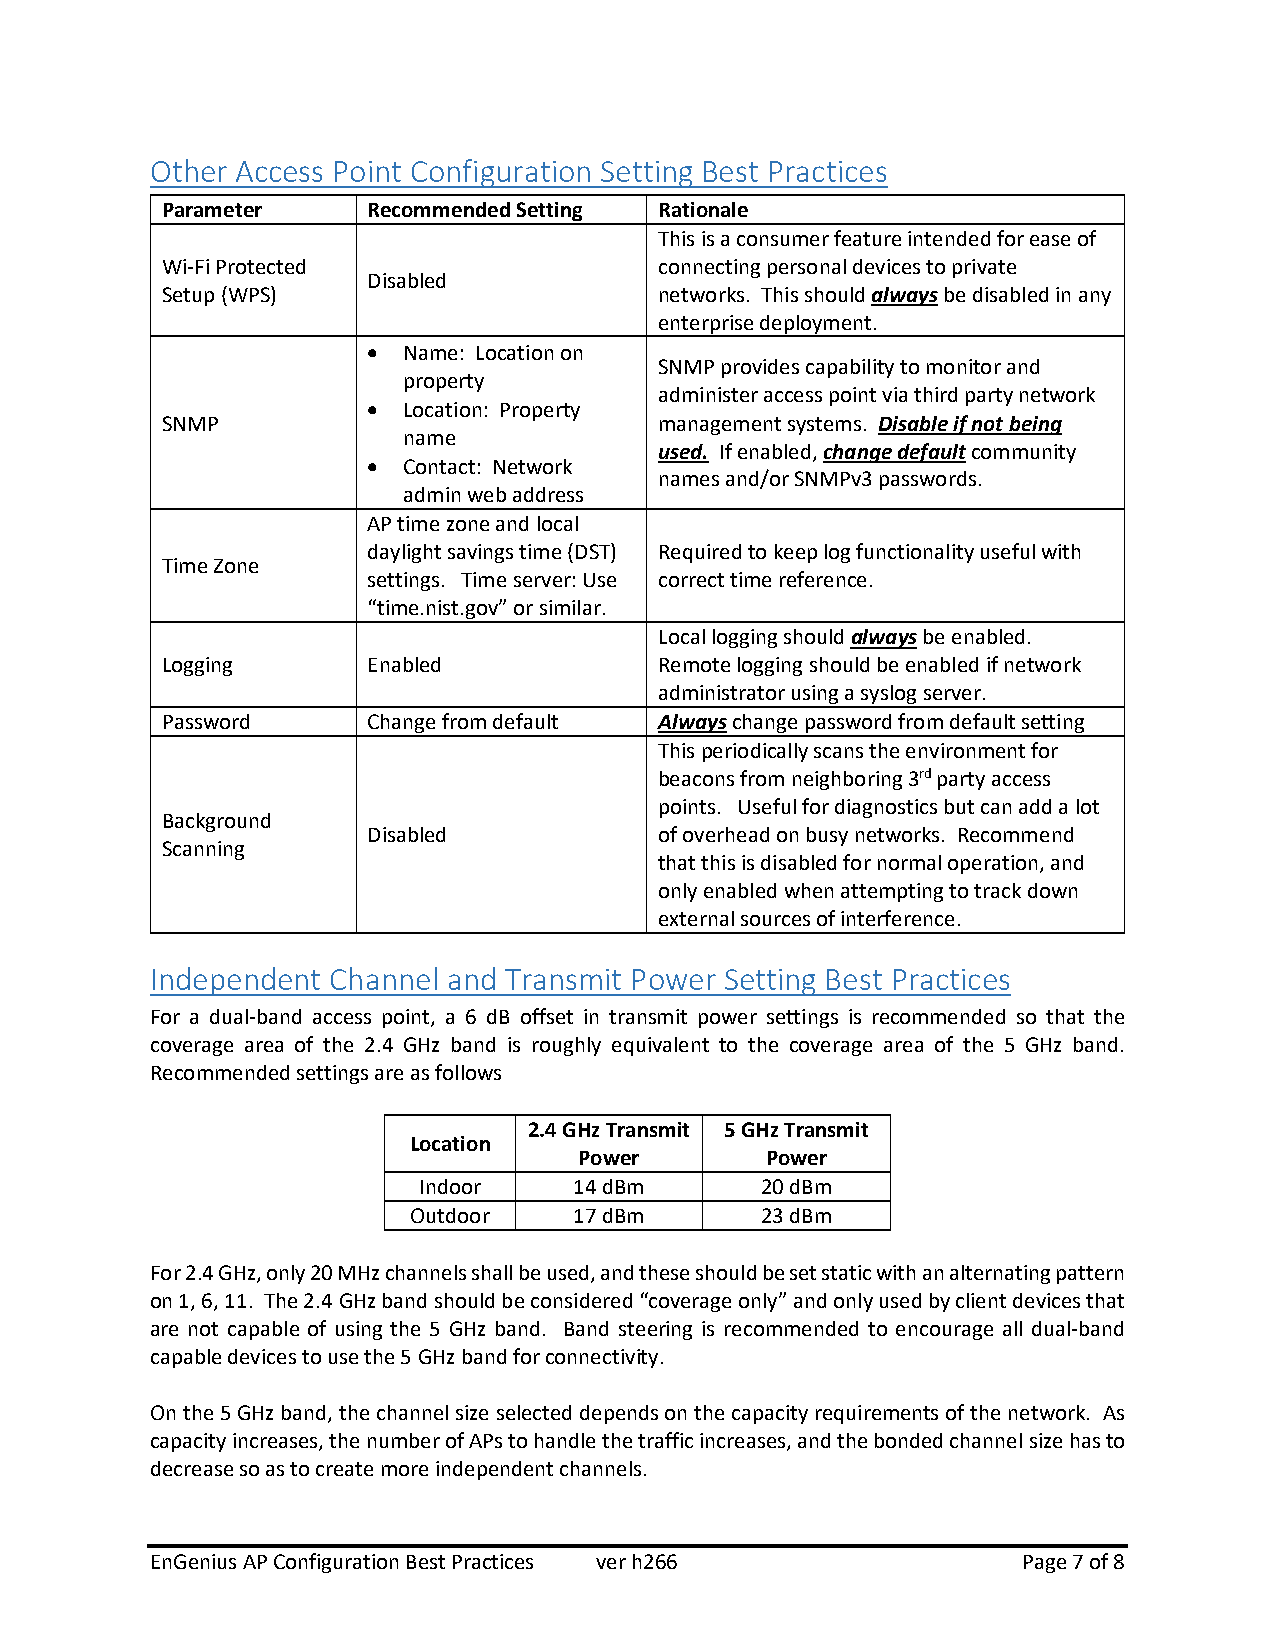
Other Access Point Configuration Setting Best Practices
 Parameter    Recommended Setting Rationale
 This is a consumer feature intended for ease of
 Wi-Fi Protected                  connecting personal devices to private
 Disabled
 Setup (WPS)                      networks. This should always be disabled in any
 enterprise deployment.
 •  Name: Location on
 SNMP provides capability to monitor and
 property
 administer access point via third party network
 •  Location: Property
 SNMP                             management systems. Disable if not being
 name
 used. If enabled, change default community
 •  Contact: Network
 names and/or SNMPv3 passwords.
 admin web address
 AP time zone and local
 daylight savings time (DST) Required to keep log functionality useful with
 Time Zone
 settings. Time server: Use correct time reference.
 “time.nist.gov” or similar.
 Local logging should always be enabled.
 Logging      Enabled             Remote logging should be enabled if network
 administrator using a syslog server.
 Password     Change from default Always change password from default setting
 This periodically scans the environment for
 beacons from neighboring 3rd party access
 points. Useful for diagnostics but can add a lot
 Background
 Disabled            of overhead on busy networks. Recommend
 Scanning
 that this is disabled for normal operation, and
 only enabled when attempting to track down
 external sources of interference.
 Independent Channel and Transmit Power Setting Best Practices
 For a dual-band access point, a 6 dB offset in transmit power settings is recommended so that the
 coverage area of the 2.4 GHz band is roughly equivalent to the coverage area of the 5 GHz band.
 Recommended settings are as follows
 2.4 GHz Transmit 5 GHz Transmit
 Location
 Power        Power
 Indoor    14 dBm      20 dBm
 Outdoor    17 dBm      23 dBm
 For 2.4 GHz, only 20 MHz channels shall be used, and these should be set static with an alternating pattern
 on 1, 6, 11. The 2.4 GHz band should be considered “coverage only” and only used by client devices that
 are not capable of using the 5 GHz band. Band steering is recommended to encourage all dual-band
 capable devices to use the 5 GHz band for connectivity.
 On the 5 GHz band, the channel size selected depends on the capacity requirements of the network. As
 capacity increases, the number of APs to handle the traffic increases, and the bonded channel size has to
 decrease so as to create more independent channels.
 EnGenius AP Configuration Best Practices ver h266         Page 7 of 8